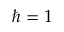
\hbar = 1